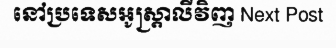
នៅប្រទេសអូស្ត្រាលីវិញ Next Post